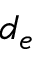
d _ { e }